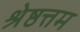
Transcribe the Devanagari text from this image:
श्रेष्ठत्तम